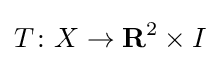
T\colon X\to \mathbf {R} ^{2}\times I